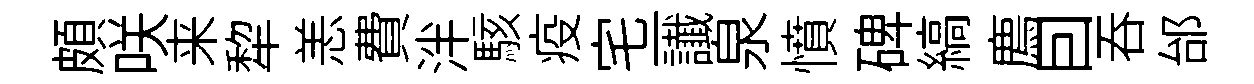
頗咲来犂恙費泮駭疫宅一䜟泉憤碑縞廌囙呑邰